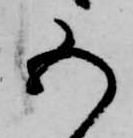
五